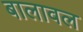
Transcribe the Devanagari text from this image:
बालावल